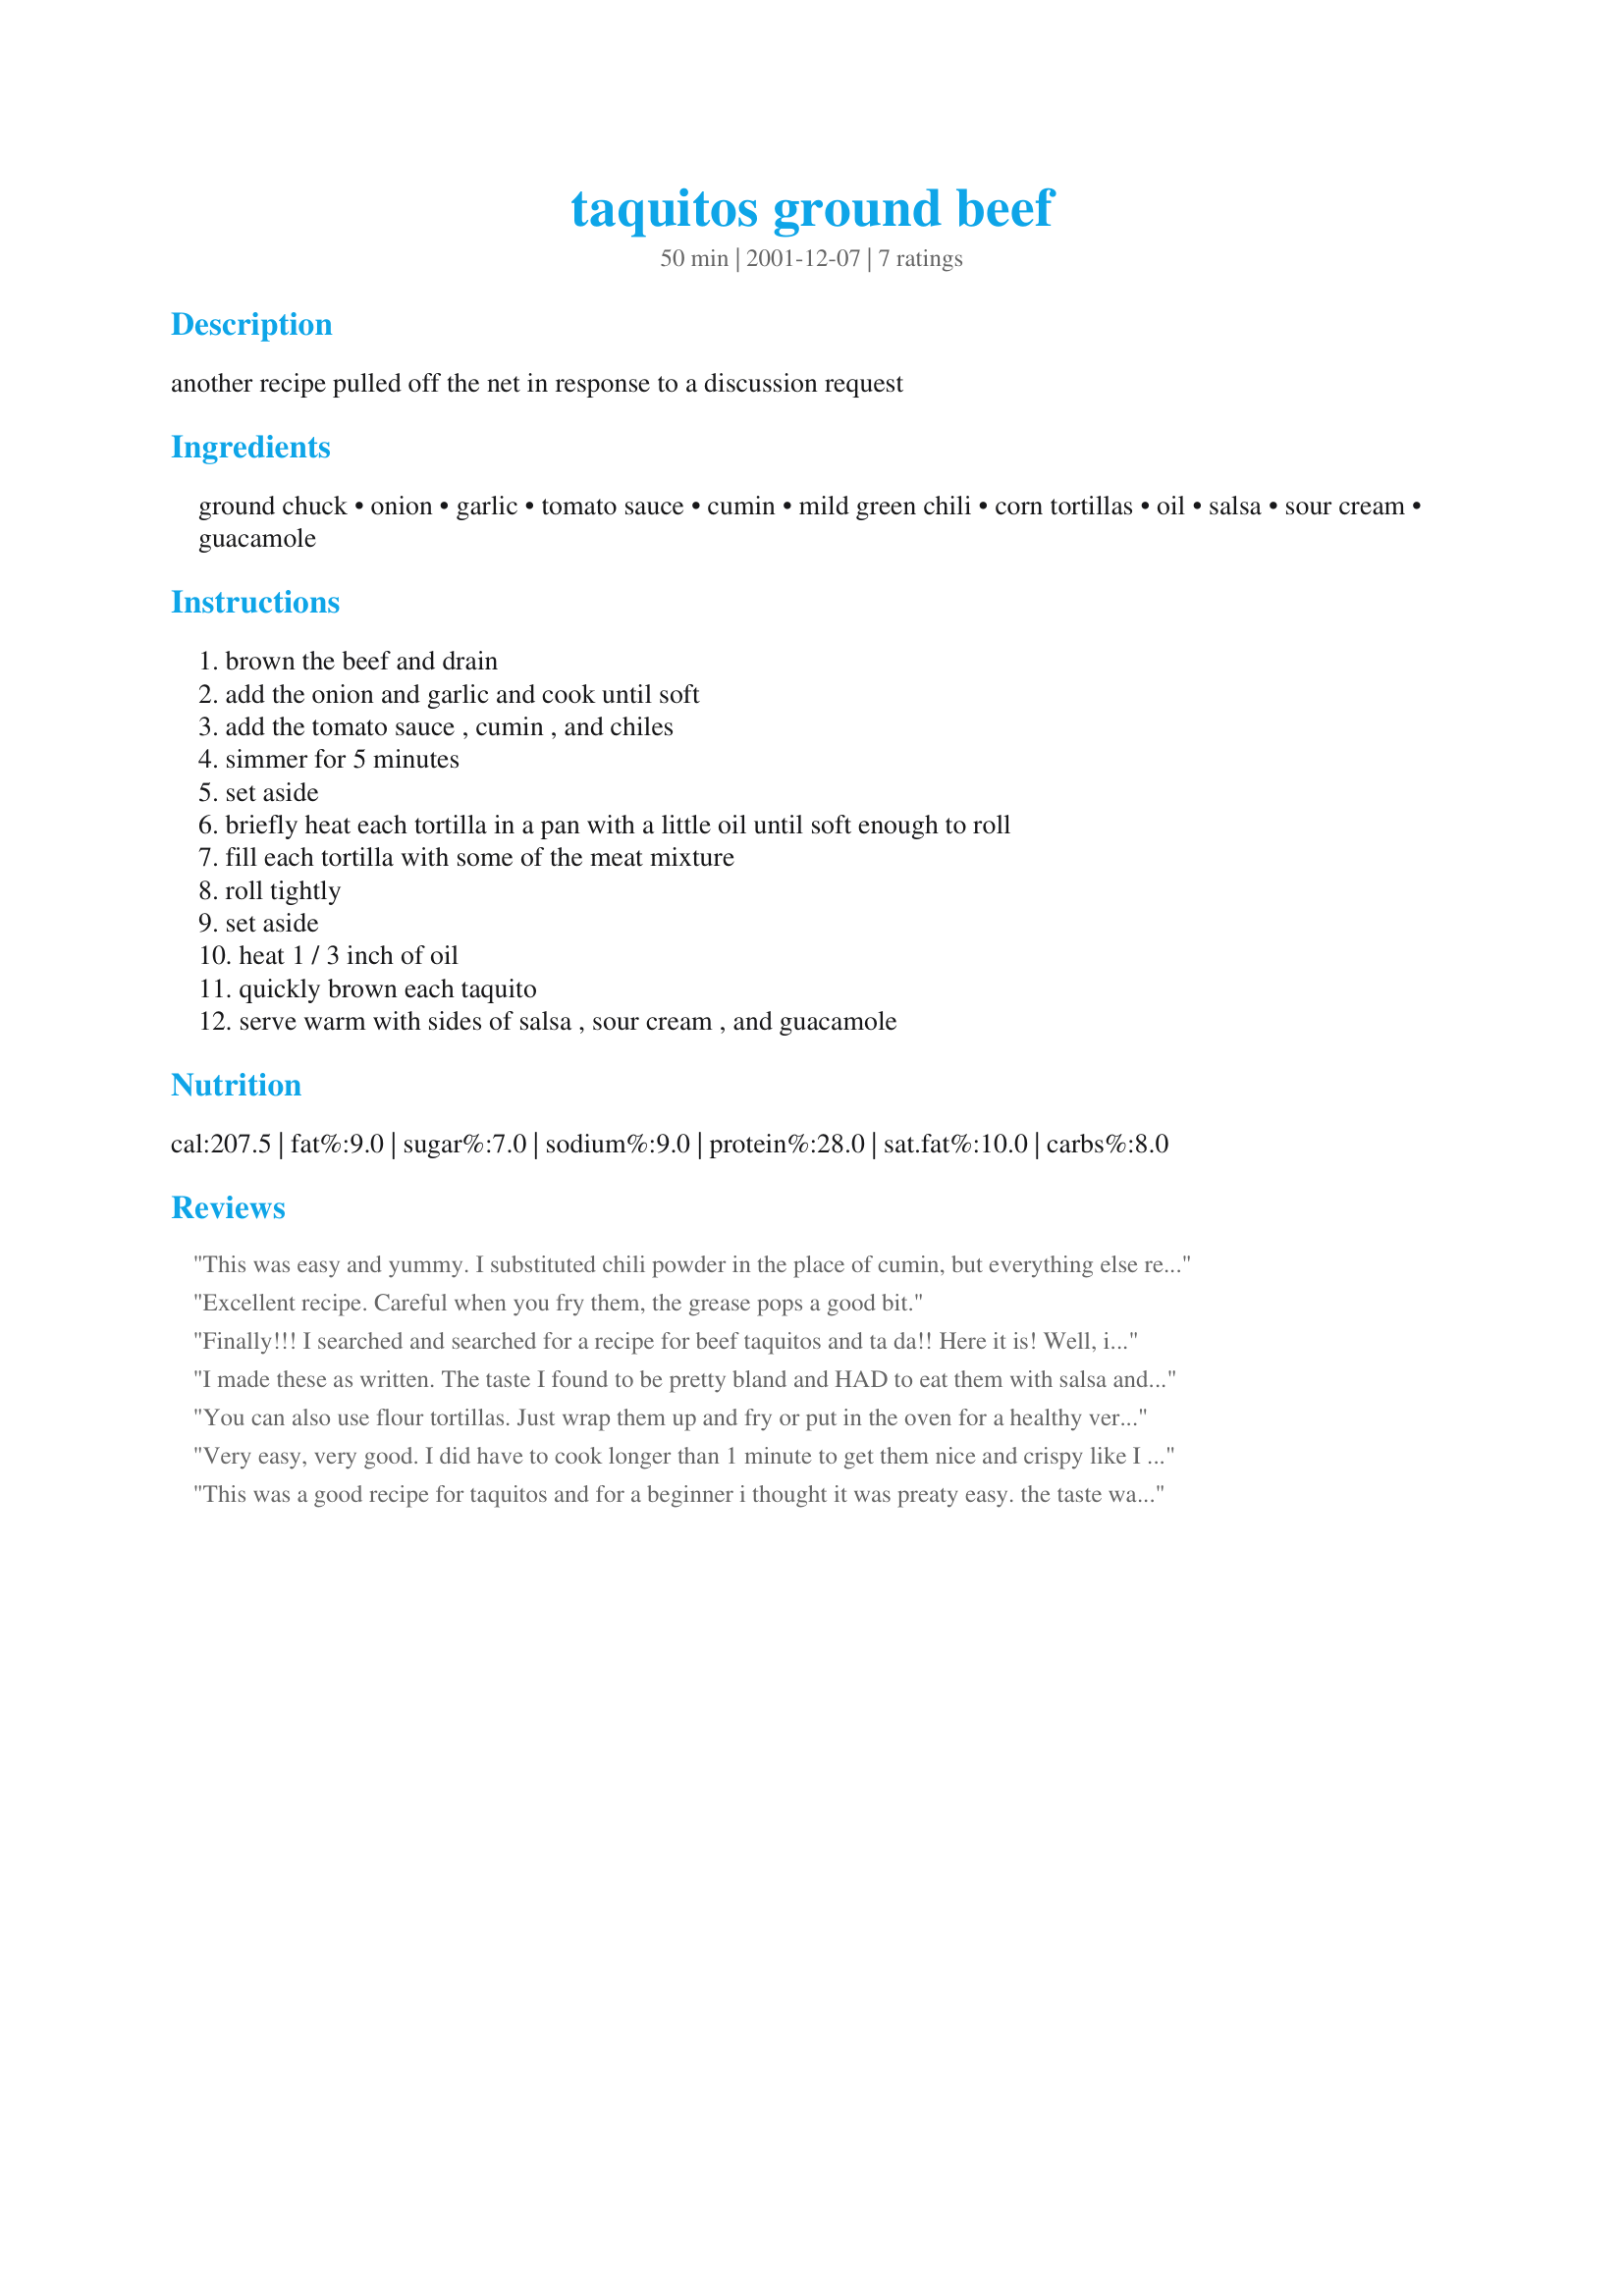
taquitos ground beef
Preparation time: 50 minutes

another recipe pulled off the net in response to a discussion request

Ingredients:
ground chuck, onion, garlic, tomato sauce, cumin, mild green chili, corn tortillas, oil, salsa, sour cream, guacamole

Steps:
brown the beef and drain, add the onion and garlic and cook until soft, add the tomato sauce , cumin , and chiles, simmer for 5 minutes, set aside, briefly heat each tortilla in a pan with a little oil until soft enough to roll, fill each tortilla with some of the meat mixture, roll tightly, set aside, heat 1 / 3 inch of oil, quickly brown each taquito, serve warm with sides of salsa , sour cream , and guacamole

Reviews:
This was easy and yummy. I substituted chili powder in the place of cumin, but everything else remained the same. YUMMY and Thank You!!!
Excellent recipe. Careful when you fry them, the grease pops a good bit.
Finally!!! I searched and searched for a recipe for beef taquitos and ta da!! Here it is! Well, istead of using cumin, I used a taco seasoning packet and I'm not really a fan of green chili's so I used enchilada sauce instead there. They turned out absolutely fantastic....More than likely I'll make this again.
I made these as written. The taste I found to be pretty bland and HAD to eat them with salsa and sour cream, which led them to taste pretty much like eating salsa and sour cream. I also found them a bit difficult to make. I tried rolling them different ways and putting them in the pan different ways, but they all ended up unrolling on me and the filling would fall out. Overall, they were ok, but I don't think I'll be making them again.
You can also use flour tortillas. Just wrap them up and fry or put in the oven for a healthy verson.
Very easy, very good. I did have to cook longer than 1 minute to get them nice and crispy like I like (maybe 5 minutes or so), other than that I followed the directions to a T and they were a great appetizer, thanks.
This was a good recipe for taquitos and for a beginner i thought it was preaty easy. the taste was good, but the dish was overall kind of heavy.
